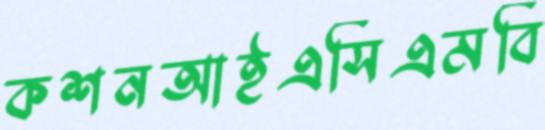
কশনআইএসিএমবি